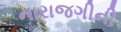
નારાજગીની